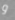
و